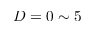
D = 0 \sim 5